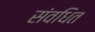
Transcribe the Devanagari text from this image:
संवधित